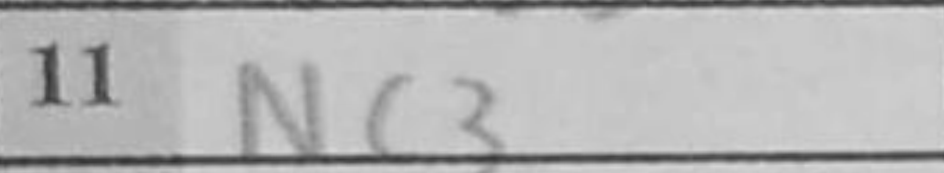
Transcription: Nc3